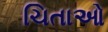
ચિતાઓ